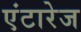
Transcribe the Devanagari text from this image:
एंटारेज